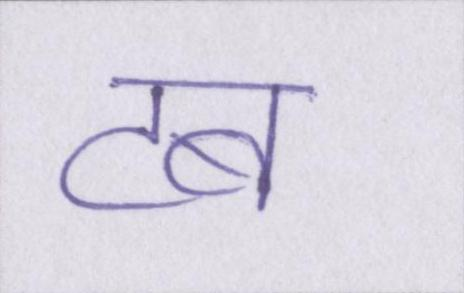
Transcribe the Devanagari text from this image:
टब